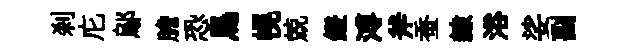
刹庀鄔膽恐鳥幌兢鐙溥斧蚕隸浴娑副